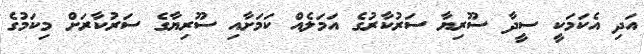
އަދި އެކަމަކީ ސީދާ ސޫރިޔާ ސަރުކާރުގެ އަމަލެއް ކަމަށާއި ސޫރިޔާގެ ސަރުކާރަށް މިކަމުގެ